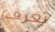
تعرف